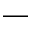
\_